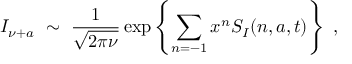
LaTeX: I _ { \nu + a } \ \sim \ \frac { 1 } { \sqrt { 2 \pi \nu } } \exp \left\{ \sum _ { n = - 1 } x ^ { n } S _ { I } ( n , a , t ) \right\} \ ,